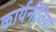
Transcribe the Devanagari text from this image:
कार्यनीतियां